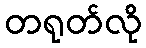
တရုတ်လို